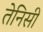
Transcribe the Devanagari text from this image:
तेनिसी